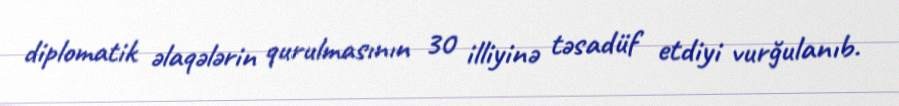
diplomatik əlaqələrin qurulmasının 30 illiyinə təsadüf etdiyi vurğulanıb.